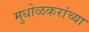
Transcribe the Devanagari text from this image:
मुधोळकरांच्या